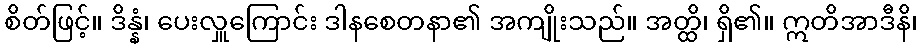
စိတ်ဖြင့်။ ဒိန္နံ၊ ပေးလှူကြောင်း ဒါနစေတနာ၏ အကျိုးသည်။ အတ္ထိ၊ ရှိ၏။ ဣတိအာဒီနိ၊